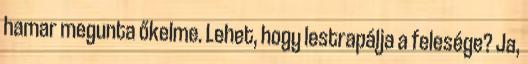
hamar megunta őkelme. Lehet, hogy lestrapálja a felesége? Ja,